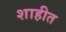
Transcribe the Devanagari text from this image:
शाहीत